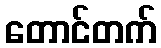
တောင်တက်